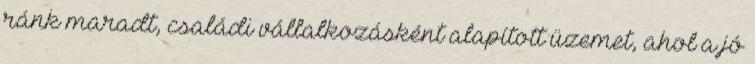
ránk maradt, családi vállalkozásként alapított üzemet, ahol a jó